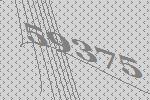
59375